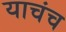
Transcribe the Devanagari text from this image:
याचंच